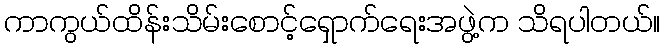
ကာကွယ်ထိန်းသိမ်းစောင့်ရှောက်ရေးအဖွဲ့က သိရပါတယ်။